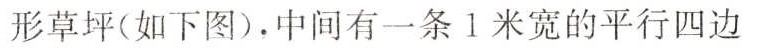
形草坪(如下图)。中间有一条1米宽的平行四边